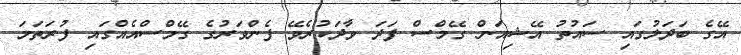
އޭގެ ބަދަލުގައި ސައުތު އޭޝިއަން ގޭމްސް ފަދަ ވާދަކުރެވޭ ފެންވަރުގެ ގޭމްސްއެއްގައި ފުރަތަމަ